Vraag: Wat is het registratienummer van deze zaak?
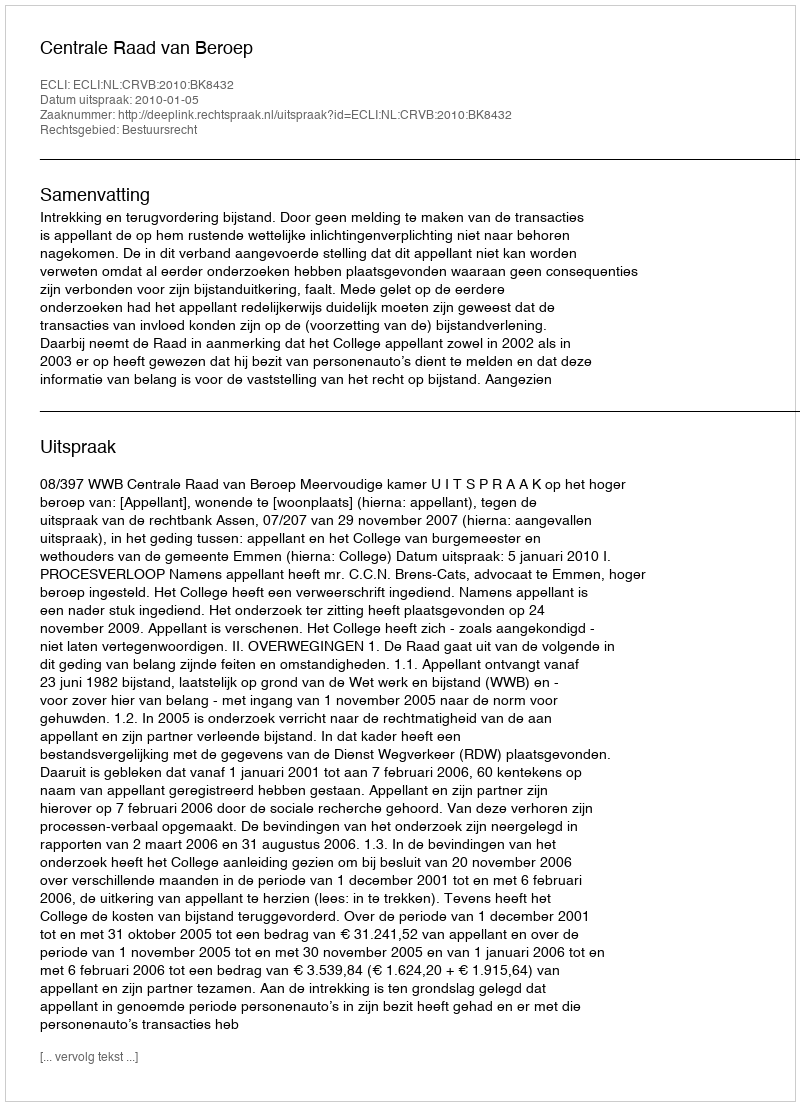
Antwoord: http://deeplink.rechtspraak.nl/uitspraak?id=ECLI:NL:CRVB:2010:BK8432